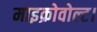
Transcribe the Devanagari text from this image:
माइक्रोवोल्ट।